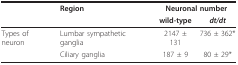
<table><thead><tr><td></td><td><b>Region</b></td><td colspan="2"><b>Neuronal number</b></td></tr><tr><td></td><td></td><td><b>wild-type</b></td><td><b><i>dt/dt</i></b></td></tr></thead><tbody><tr><td>Types of neuron</td><td>Lumbar sympathetic ganglia</td><td>2147 ± 131</td><td>736 ± 362*</td></tr><tr><td></td><td>Ciliary ganglia</td><td>187 ± 9</td><td>80 ± 29*</td></tr></tbody></table>